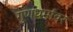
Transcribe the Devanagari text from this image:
गुणधर्मांवर